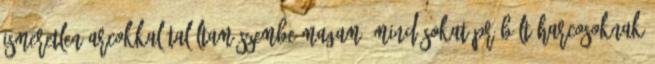
ismeretlen arcokkal találtam szembe magam. Mind sokat próbált harcosoknak